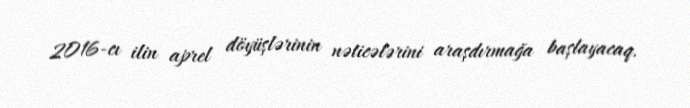
2016-cı ilin aprel döyüşlərinin nəticələrini araşdırmağa başlayacaq.